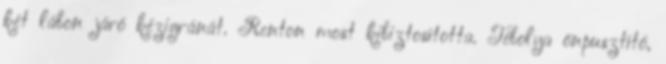
két lábon járó kézigránát. Renton most kibiztosította. Tébolya önpusztító,